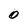
Character: 0